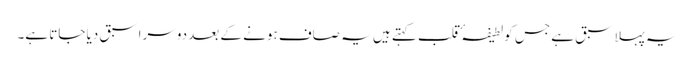
یہ پہلا سبق ہے جس کو لطیفہٴ قلب کہتے ہیں یہ صاف ہونے کے بعد دوسرا سبق دیا جاتا ہے۔